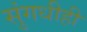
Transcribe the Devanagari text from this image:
सुंगधीही